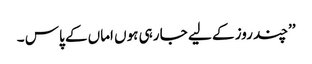
’’چند روز کے لیے جا رہی ہوں اماں کے پاس ۔